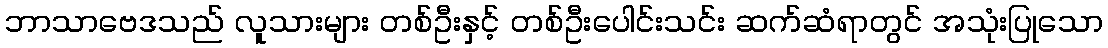
ဘာသာဗေဒသည် လူသားများ တစ်ဦးနှင့် တစ်ဦးပေါင်းသင်း ဆက်ဆံရာတွင် အသုံးပြုသော